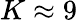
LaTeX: K\approx 9